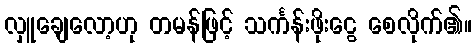
လှူချေလော့ဟု တမန်ဖြင့် သင်္ကန်းဖိုးငွေ စေလိုက်၏။